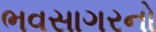
ભવસાગરનો